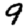
Digit: 9